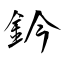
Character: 鈐